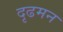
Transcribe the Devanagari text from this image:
दृढमन